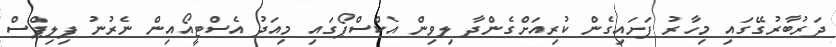
ދަރުބާރުގޭގައި މިހާރު ފަށައިގެން ކުރިއަށްގެންދާ ލިވިން އެކްސްޕޯގައި މިއަދު އެސްޓީއޯއިން ނެރުނު ފިލިޕްސް